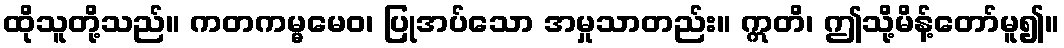
ထိုသူတို့သည်။ ကတကမ္မမေဝ၊ ပြုအပ်သော အမှုသာတည်း။ ဣတိ၊ ဤသို့မိန့်တော်မူ၍။